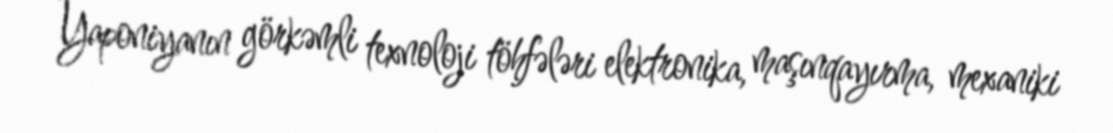
Yaponiyanın görkəmli texnoloji töhfələri elektronika, maşınqayırma, mexaniki